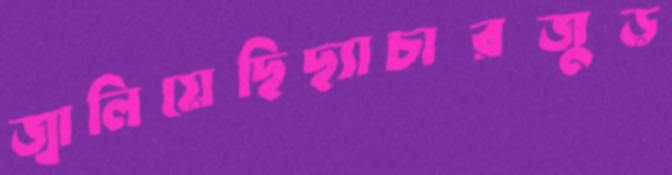
জ্বালিয়েছিছ্যাচারজুড়